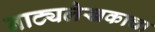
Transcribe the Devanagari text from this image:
नाट्यलेखकाचा